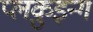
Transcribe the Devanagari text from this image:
प्लक़ुइन्ग